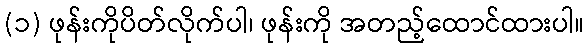
(၁) ဖုန်းကိုပိတ်လိုက်ပါ၊ ဖုန်းကို အတည့်ထောင်ထားပါ။